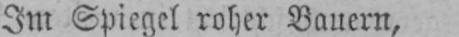
Im Spiegel roher Bauern,